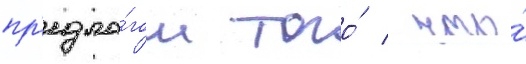
пр'едло́гом того́ / что́